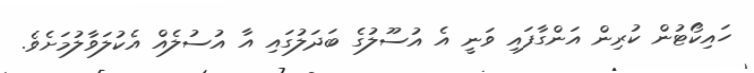
ހައިކޯޓުން ކުރިން އަންގާފައި ވަނީ އެ އުސޫލުގެ ބަދަލުގައި އާ އުސުލެއް އެކުލަވާލުމަށެވެ.